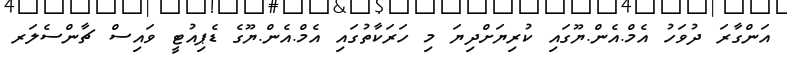
އަންގާރަ ދުވަހު އެމް.އެން.ޔޫގައި ކުރިޔަށްދިޔަ މި ހަރަކާތުގައި އެމް.އެން.ޔޫގެ ޑެޕިއުޓީ ވައިސް ޗާންސެލަރ